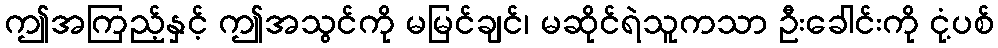
ဤအကြည့်နှင့် ဤအသွင်ကို မမြင်ချင်၊ မဆိုင်ရဲသူကသာ ဦးခေါင်းကို ငုံ့ပစ်